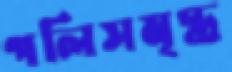
পলিসমৃদ্ধ